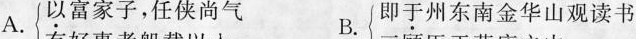
A.以富家子，任侠尚气 B.即于州东南金华山观读书